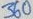
Text: 360